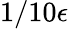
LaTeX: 1/10\epsilon